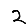
Digit: 2